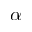
\alpha